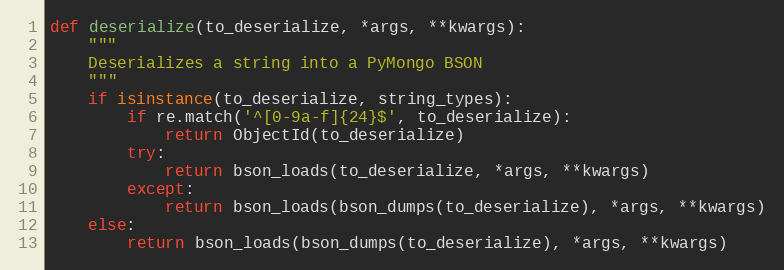
Language: Python
def deserialize(to_deserialize, *args, **kwargs):
    """
    Deserializes a string into a PyMongo BSON
    """
    if isinstance(to_deserialize, string_types):
        if re.match('^[0-9a-f]{24}$', to_deserialize):
            return ObjectId(to_deserialize)
        try:
            return bson_loads(to_deserialize, *args, **kwargs)
        except:
            return bson_loads(bson_dumps(to_deserialize), *args, **kwargs)
    else:
        return bson_loads(bson_dumps(to_deserialize), *args, **kwargs)